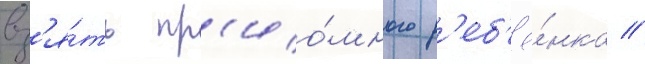
вз'я́ть пр'ио́много р'еб'ё́нка //